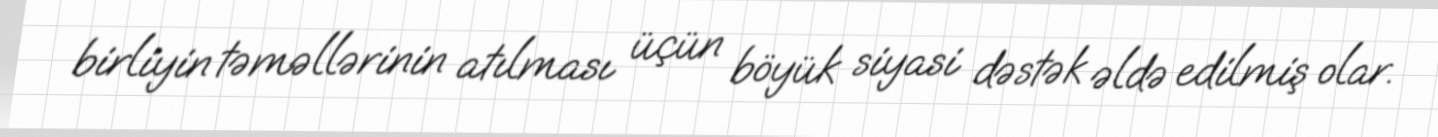
birliyin təməllərinin atılması üçün böyük siyasi dəstək əldə edilmiş olar.